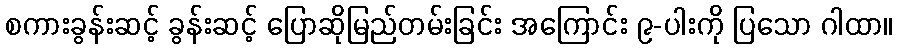
စကားခွန်းဆင့် ခွန်းဆင့် ပြောဆိုမြည်တမ်းခြင်း အကြောင်း ၉-ပါးကို ပြသော ဂါထာ။